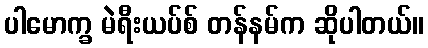
ပါမောက္ခ မဲရီးယပ်စ် တန်နမ်က ဆိုပါတယ်။